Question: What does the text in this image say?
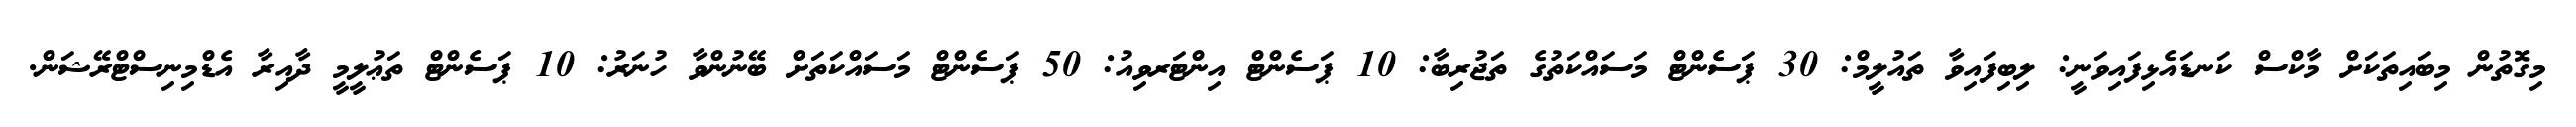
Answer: މިގޮތުން މިބައިތަކަށް މާކްސް ކަނޑައެޅިފައިވަނީ: ލިބިފައިވާ ތައުލީމް: 30 ޕަސެންޓް މަސައްކަތުގެ ތަޖުރިބާ: 10 ޕަސެންޓް އިންޓަރވިއު: 50 ޕަސެންޓް މަސައްކަތަށް ބޭނުންވާ ހުނަރު: 10 ޕަސެންޓް ތަޢުލީމީ ދާއިރާ އެޑްމިނިސްޓްރޭޝަން.